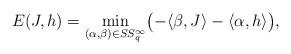
LaTeX: \begin{align*}E(J,h)=\min_{(\alpha,\beta)\in\SS_q^\infty}\bigl(- \langle \beta,J\rangle-\langle \alpha, h \rangle\bigr),\end{align*}